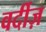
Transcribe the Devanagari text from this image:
वर्दीज़